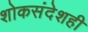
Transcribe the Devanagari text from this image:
शोकसंदेशही